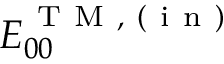
E _ { 0 0 } ^ { \mathrm { ~ T ~ M ~ , ~ ( ~ i ~ n ~ ) ~ } }